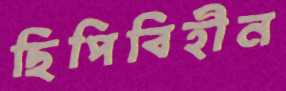
ছিপিবিহীন